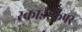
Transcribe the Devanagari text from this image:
स्काईस्क्रैपर